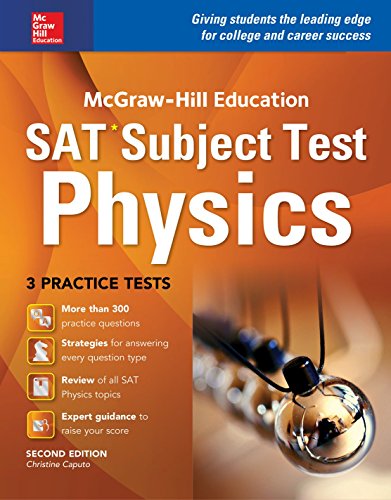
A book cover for McGraw-Hill Education SAT Subject Test Physics 2nd Ed.; Christine Caputo; Test Preparation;